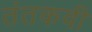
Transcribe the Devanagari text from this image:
तंतकवी